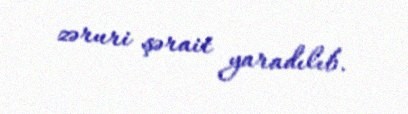
zəruri şərait yaradılıb.